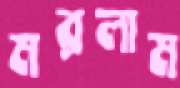
মরলাম